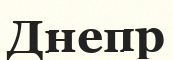
Днепр